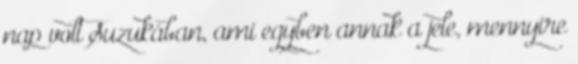
nap volt Suzukában, ami egyben annak a jele, mennyire